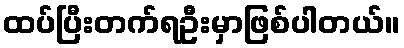
ထပ်ပြီးတက်ရဦးမှာဖြစ်ပါတယ်။